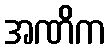
အဏိက